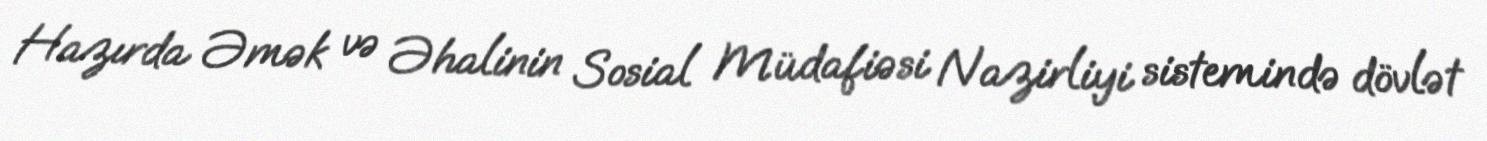
Hazırda Əmək və Əhalinin Sosial Müdafiəsi Nazirliyi sistemində dövlət